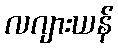
လဂျားယန်